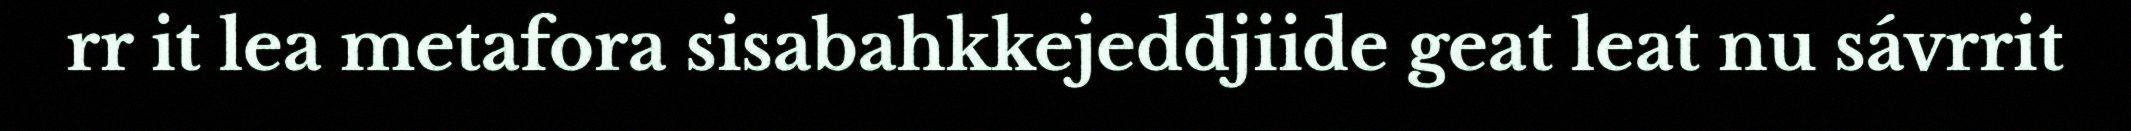
rr it lea metafora sisabahkkejeddjiide geat leat nu sávrrit